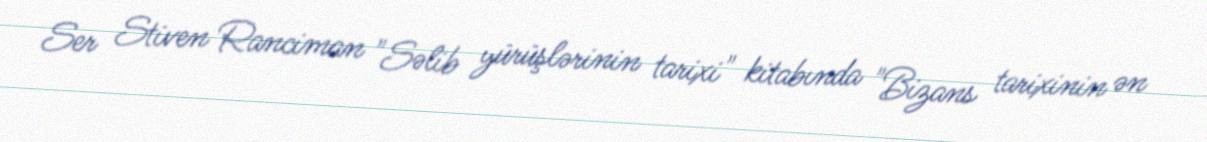
Ser Stiven Ranciman "Səlib yürüşlərinin tarixi" kitabında "Bizans tarixinin ən